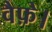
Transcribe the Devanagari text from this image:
वैफ़े।